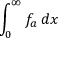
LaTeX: \int _ { 0 } ^ { \infty } f _ { a } \, d x